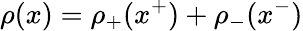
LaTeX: \rho(x)=\rho_{+}(x^{+})+\rho_{-}(x^{-})